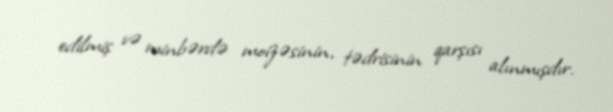
edilmiş və minbərdə moizəsinin, tədrisinin qarşısı alınmışdır.